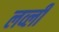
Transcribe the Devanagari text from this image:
लव्ली